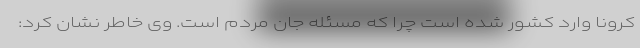
کرونا وارد کشور شده است چرا که مسئله جان مردم است. وی خاطر نشان کرد: